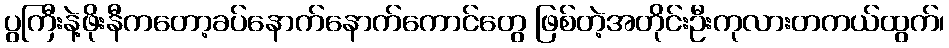
ပွကြီးနဲ့ဖိုးနီကတော့ခပ်နောက်နောက်ကောင်တွေ ဖြစ်တဲ့အတိုင်းဦးကုလားတကယ်ထွက်၊